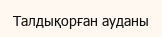
Талдықорған ауданы